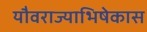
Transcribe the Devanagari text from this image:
यौवराज्याभिषेकास